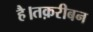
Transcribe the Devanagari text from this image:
है।तक़रीबन